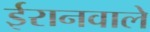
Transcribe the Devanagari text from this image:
ईरानवाले